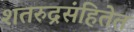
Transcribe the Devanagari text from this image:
शतरुद्रसंहितेत